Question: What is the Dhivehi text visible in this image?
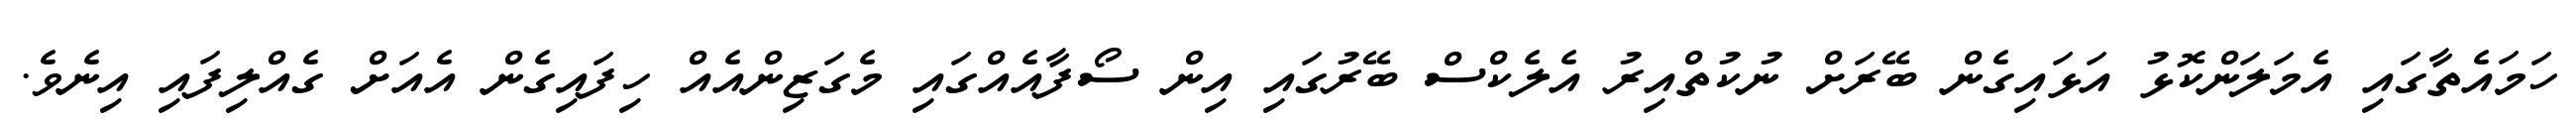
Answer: ހަމައެތާގައި އެމަލަންކޮޅު އަޅައިގެން ބޭރަށް ނުކުތްއިރު އެލެކްސް ބޭރުގައި އިން ސޯފާއެއްގައި މެގަޒިންއެއް ހިފައިގެން އެއަށް ގެއްލިފައި އިނެވެ.